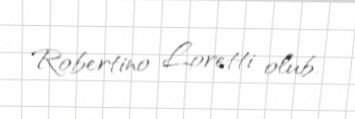
Robertino Loretti olub.